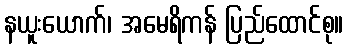
နယူးယောက်၊ အမေရိကန် ပြည်ထောင်စု။